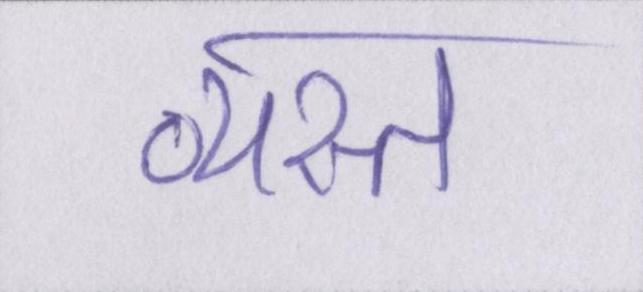
व्यस्त